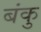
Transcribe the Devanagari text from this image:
बंकु